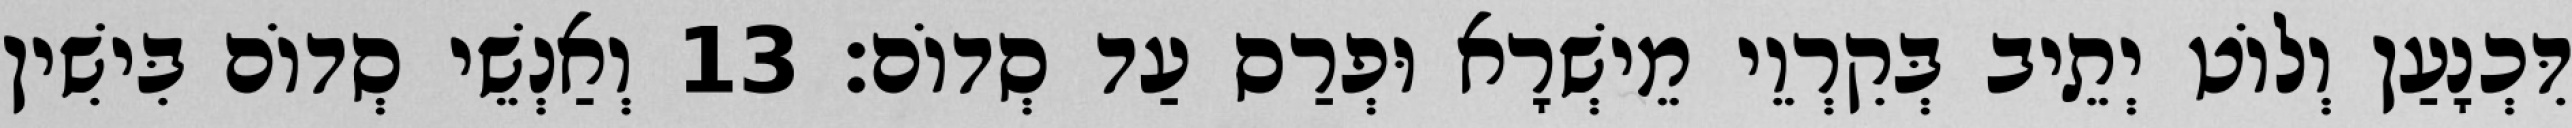
דִּכְנָעַן וְלוֹט יְתֵיב בְּקִרְוֵי מֵישְׁרָא וּפְרַס עַד סְדוֹם׃ 13 וְאַנְשֵׁי סְדוֹם בִּישִׁין